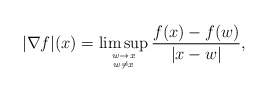
\begin{align*}|\nabla f|(x) = \limsup_{{w \to x}\atop{w \ne x}}\frac{f(x)-f(w)}{|x-w|},\end{align*}